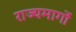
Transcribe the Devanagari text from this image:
राज्यमार्गों